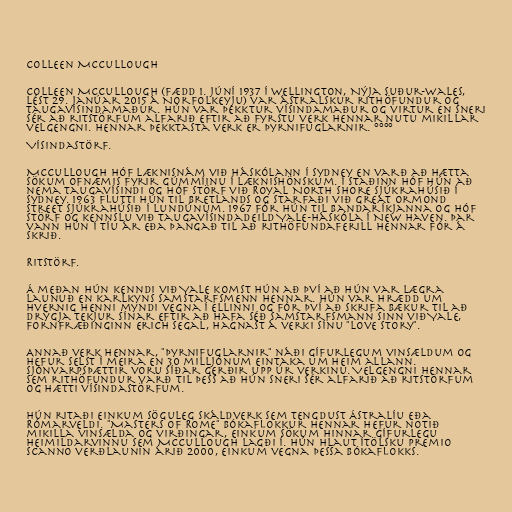
Colleen McCullough

Colleen McCullough (fædd 1. júní 1937 í Wellington, Nýja Suður-Wales,
lést 29. janúar 2015 á Norfolkeyju) var ástralskur rithöfundur og
taugavísindamaður. Hún var þekktur vísindamaður og virtur en sneri
sér að ritstörfum alfarið eftir að fyrstu verk hennar nutu mikillar
velgengni. Hennar þekktasta verk er Þyrnifuglarnir. °°°°

Vísindastörf.

McCullough hóf læknisnám við Háskólann í Sydney en varð að hætta
sökum ofnæmis fyrir gúmmíinu í læknishönskum. Í staðinn hóf hún að
nema taugavísindi og hóf störf við Royal North Shore sjúkrahúsið í
Sydney. 1963 flutti hún til Bretlands og starfaði við Great Ormond
Street sjúkrahúsið í Lundúnum. 1967 fór hún til Bandaríkjanna og hóf
störf og kennslu við taugavísindadeild Yale-háskóla í New Haven. Þar
vann hún í tíu ár eða þangað til að rithöfundaferill hennar fór á
skrið.

Ritstörf.

Á meðan hún kenndi við Yale komst hún að því að hún var lægra
launuð en karlkyns samstarfsmenn hennar. Hún var hrædd um
hvernig henni myndi vegna í ellinni og fór því að skrifa bækur til að
drýgja tekjur sínar eftir að hafa séð samstarfsmann sinn við Yale,
fornfræðinginn Erich Segal, hagnast á verki sínu "Love Story".

Annað verk hennar, "Þyrnifuglarnir" náði gífurlegum vinsældum og
hefur selst í meira en 30 milljónum eintaka um heim allann.
Sjónvarpsþættir voru síðar gerðir upp úr verkinu. Velgengni hennar
sem rithöfundur varð til þess að hún sneri sér alfarið að ritstörfum
og hætti vísindastörfum.

Hún ritaði einkum söguleg skáldverk sem tengdust Ástralíu eða
Rómarveldi. "Masters of Rome" bókaflokkur hennar hefur notið
mikilla vinsælda og virðingar, einkum sökum hinnar gífurlegu
heimildarvinnu sem McCullough lagði í. Hún hlaut ítölsku Premio
Scanno verðlaunin árið 2000, einkum vegna þessa bókaflokks.